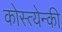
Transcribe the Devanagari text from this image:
कोस्त्येन्की